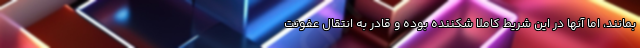
بمانند، اما آنها در این شریط کاملا شکننده بوده و قادر به انتقال عفونت